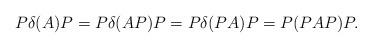
LaTeX: \begin{align*}P\delta(A)P=P\delta(AP)P=P\delta(PA)P=P(PAP)P. \end{align*}